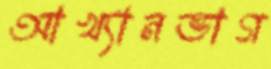
আখ্যানভাগ